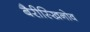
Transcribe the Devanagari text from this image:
बैरीस्खिनोव